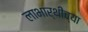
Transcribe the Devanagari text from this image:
लाभार्थीच्या